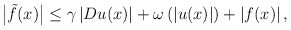
\begin{align*}\big|\tilde{f}(x)\big|\leq \gamma\left|Du(x)\right|+\omega\left(\left|u(x)\right|\right)+\left|f(x)\right|,\end{align*}